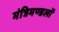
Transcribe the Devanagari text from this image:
मंत्रिमण्डलों